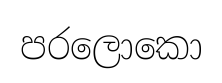
පරලොකො